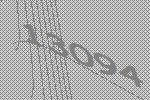
13094